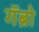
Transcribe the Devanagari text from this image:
गॅब्रो